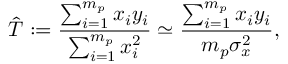
\hat { T } : = \frac { \sum _ { i = 1 } ^ { m _ { p } } x _ { i } y _ { i } } { \sum _ { i = 1 } ^ { m _ { p } } x _ { i } ^ { 2 } } \simeq \frac { \sum _ { i = 1 } ^ { m _ { p } } x _ { i } y _ { i } } { m _ { p } \sigma _ { x } ^ { 2 } } ,